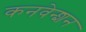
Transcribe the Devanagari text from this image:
कनवेन्शन